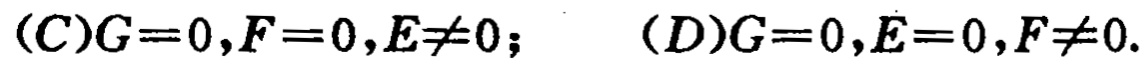
\((C)G = 0,F = 0,E\neq0;\quad (D)G = 0,E = 0,F\neq0.\)